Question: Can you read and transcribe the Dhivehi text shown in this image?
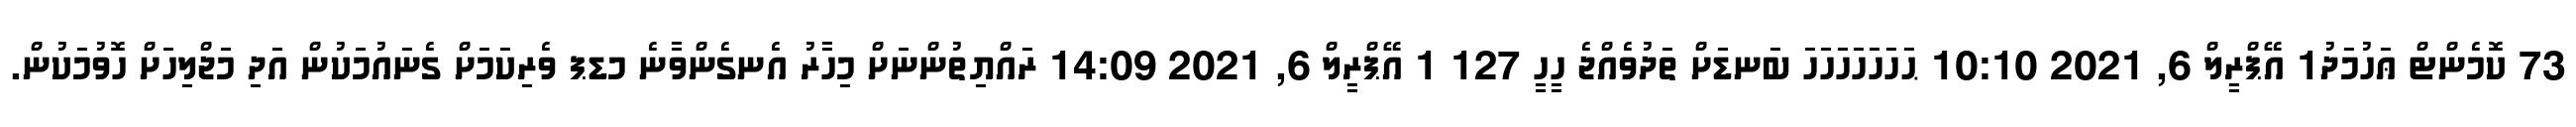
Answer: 73 ކޮމެންޓް ޢަހުމަދު1 އޭޕްރީލް 6, 2021 10:10 ޙަހަހަހަހަހަހަ ބަނޑަށް ތަދުވެއްޖެ ހީހީ 127 1 އޭޕްރީލް 6, 2021 14:09 ރައްޔިތުންނަށް މިހާރު އެނގެންވާނެ މޑޕ ވެރިކަމަށް ގެނައުމަކުން އަދި މަޖްލިހަށް ހޮވުމަކުން.